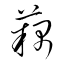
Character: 藕